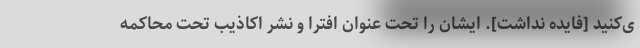
ی‌کنید [فایده نداشت]. ایشان را تحت عنوان افترا و نشر اکاذیب تحت محاکمه